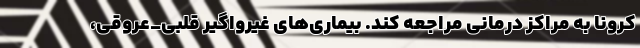
کرونا به مراکز درمانی مراجعه کند. بیماری‌های غیرواگیر قلبی_عروقی،